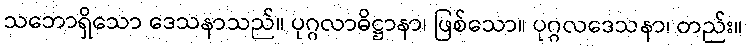
သဘောရှိသော ဒေသနာသည်။ ပုဂ္ဂလာဓိဋ္ဌာနာ၊ ဖြစ်သော။ ပုဂ္ဂလဒေသနာ၊ တည်း။